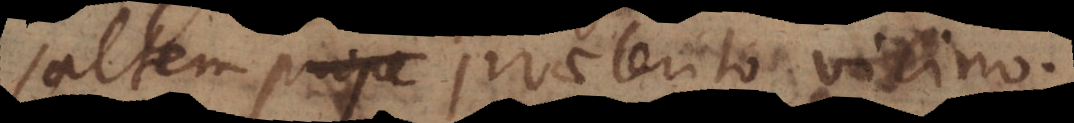
saltem prope praeterito vicino.